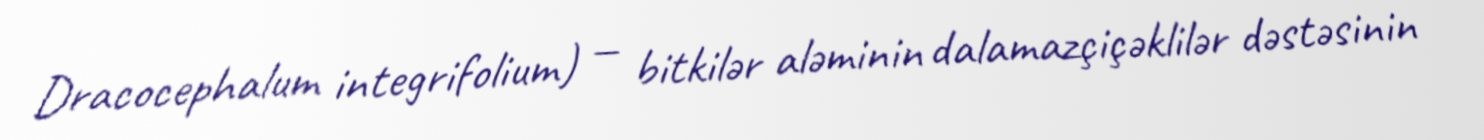
Dracocephalum integrifolium) — bitkilər aləminin dalamazçiçəklilər dəstəsinin